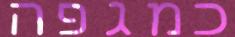
כמגפה